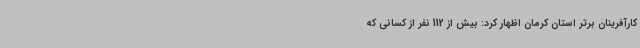
کارآفرینان برتر استان کرمان اظهار کرد: بیش از 112 نفر از کسانی که